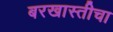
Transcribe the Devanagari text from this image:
बरखास्तीचा